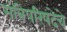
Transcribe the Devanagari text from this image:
मंत्रिपरिषदेचे